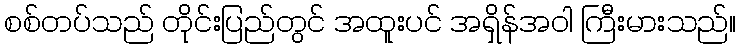
စစ်တပ်သည် တိုင်းပြည်တွင် အထူးပင် အရှိန်အဝါ ကြီးမားသည်။